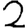
Digit: 2